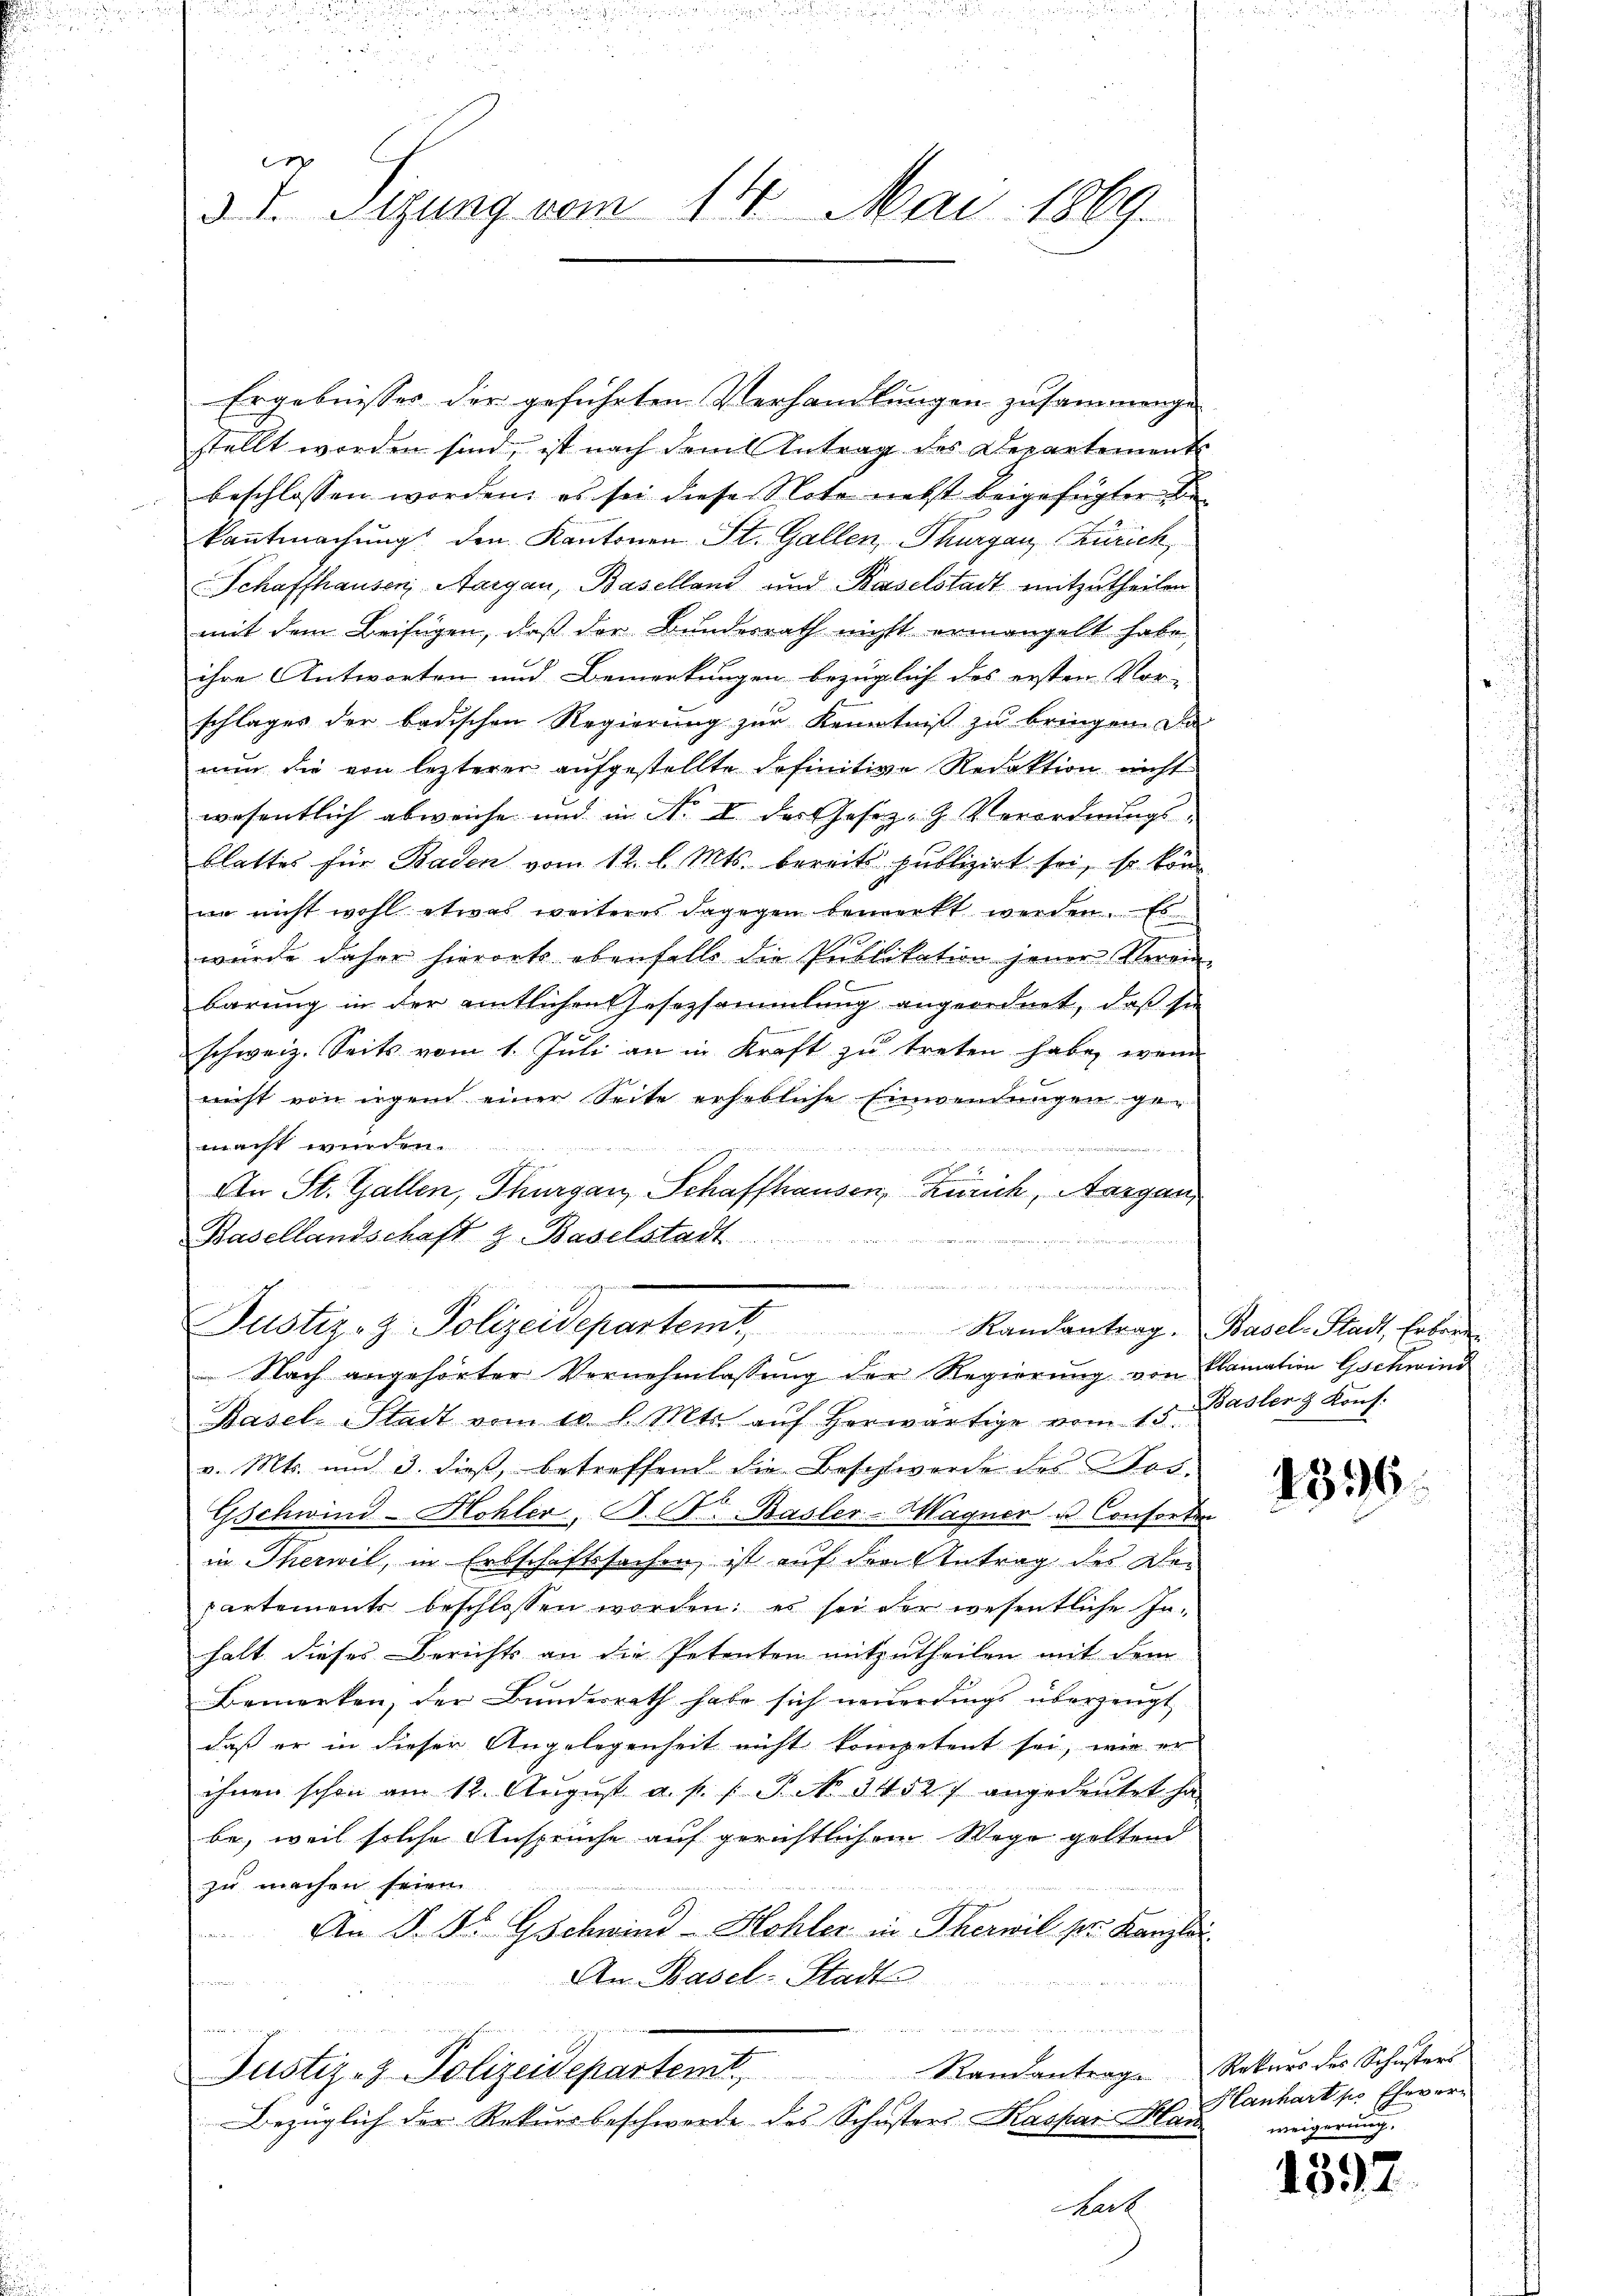
e
3 I. Segung vom 14. Mai 1869.

Ergebnisses der geführten Verhandlungen zusammenge-
stellt worden sind, ist nach dem Antrag des Departements
beschlossen worden, es sei diese Note nebst beigefügter die
kanntmachung den Kantonen St. Gallen, Thurgau Zürich
Schaffhausen, Aargau, Baselland und Kaselstadt mitzutheilen
mit dem Beifügen, daß der Bundesrath nicht ermangelt habe,
ihre Antworten und Bemerkungen bezüglich des ersten Vor-
schlages der badischen Regierung zur Kenntniß zu bringen. Da
nun die von lezterer aufgestellte definitive Redaktion nicht
wesentlich abweiche und in Nr. I der Gesetz- & Verordnungsblattes für Baden vom 12. l. Mts. bereits publizirt sei, so kön
wo nicht wohl etwas weiteres dagegen bemerkt werden. Es
wurde daher hierorts ebenfalls die Publikation jener Verein-
barung in der entlichen Gesezsammlung angeordnet, daß sie
schweiz. Seits vom 1. Juli an in Kraft zu treten habe, wenn
nicht von irgend einer Seite erhebliche Einwendungen gemacht wurden.
An St. Gallen, Thurgau, Schaffhausen, Zürich, Aargau,
Basellandschaft z. Baselstadt
   genen
Justiz- & Polizeidepartem Randantrag, Basel-Stadt, Erbei
Nach angehörter Vernehmlassung der Regierung von Clamation Gschwind
Basel-Stadt vom 10. d. Mts. aŭf herwärtige vom 15. Basler & Kons.
v. Mts. und 3. dieß, betreffend die Beschwerde des Rod¬
Gschwind-Hohler, P. C. Basler-Magner u. Consorten
in Therwil, in Erbschaftssachen ist auf den Antrag des Bepartements beschlossen worden: es sei der wesentliche In-
halt dieses Berichts an die Petenten mitzutheilen mit dem
Bemerken, der Bundesrath habe sich neuerdings überzeugt
daß er in dieser Angelegenheit nicht kompetent sei, wie er
ihnen schon am 12. Aŭgŭst a. p. 1. P. No 34527 angedeutet ha
be, weil solche Anspruche auf gerichtlichen Wege geltend
zu machen seien.
An P. Fs. Gschwind - Hohler in Therwil pr. Kanzlei
An Basel-Stadt

de der d
n

Justiz- & Polizeidepartemt Standantrage
Bezüglich der Rekursbeschwerde des Schusters Kaspar Man
Nach

1396.

Rekurs des Schusters
Hanhart pro Eheverweigerung.

1597